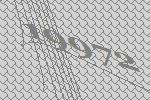
19972